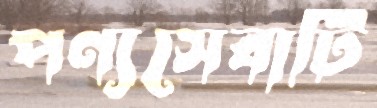
পণ্যসেবাটি